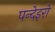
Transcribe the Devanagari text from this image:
पन्देइरो